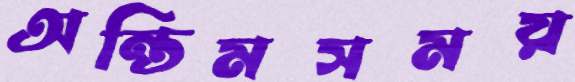
অন্তিমসময়